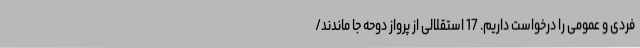
فردی و عمومی را درخواست داریم. 17 استقلالی از پرواز دوحه جا ماندند/